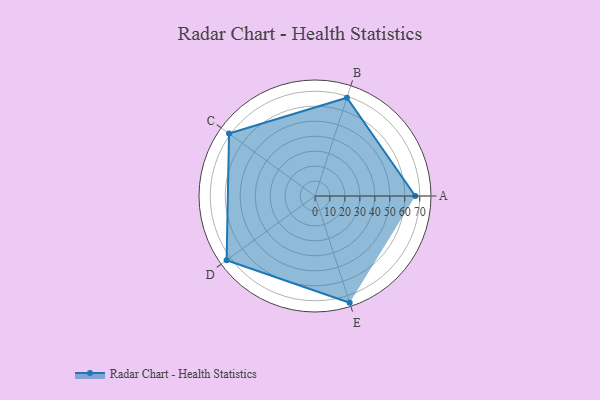
{"axis": {"x": "Skill", "y": "Score"}, "legend": ["Profile"], "data": [{"x": "A", "y": 67.0, "type": "Profile"}, {"x": "B", "y": 69.0, "type": "Profile"}, {"x": "C", "y": 71.0, "type": "Profile"}, {"x": "D", "y": 73.0, "type": "Profile"}, {"x": "E", "y": 75.0, "type": "Profile"}]}